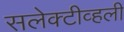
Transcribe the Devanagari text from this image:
सलेक्टीव्हली